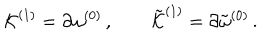
{ \cal K } ^ { ( 1 ) } = \partial \omega ^ { ( 0 ) } \, , \qquad { \tilde { \cal K } } ^ { ( 1 ) } = \partial { \tilde { \omega } } ^ { ( 0 ) } \, .